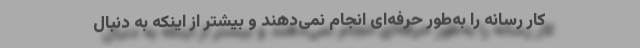
کار رسانه را به‌طور حرفه‌ای انجام نمی‌دهند و بیشتر از اینکه به دنبال